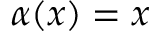
\alpha ( x ) = x